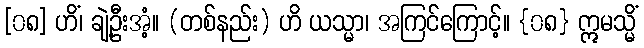
[၀၈] ဟိံ၊ ချဲ့ဦးအံ့။ (တစ်နည်း) ဟိ ယသ္မာ၊ အကြင်ကြောင့်။ {၀၈} ဣမသ္မိံ